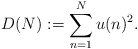
\begin{align*}D(N):= \sum_{n=1}^{N} u(n)^2.\end{align*}